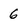
Character: 6